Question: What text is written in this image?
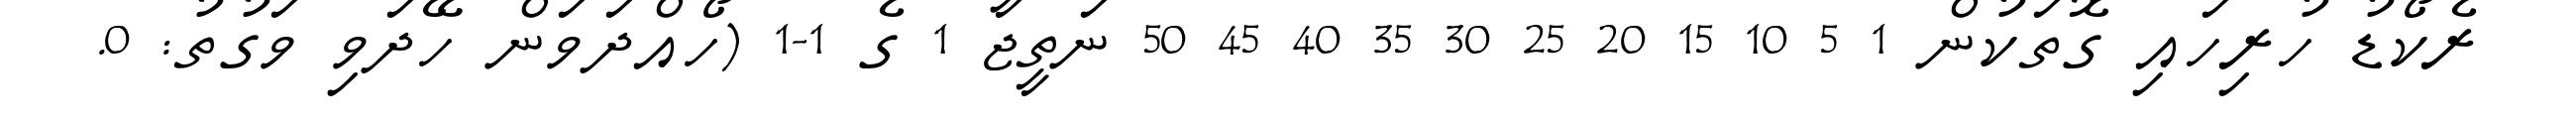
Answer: ރެކޯޑު ހުރިހައި ގޮތަކުން 1 5 10 15 20 25 30 35 40 45 50 ނަތީޖާ 1 ގެ 1-1 (ހޯއްދަވަން ހޭދަވި ވަގުތު: 0.